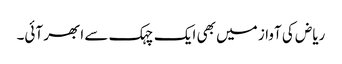
ریاض کی آواز میں بھی ایک چہک سے ابھر آئی۔